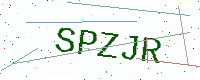
Text: SPZJR